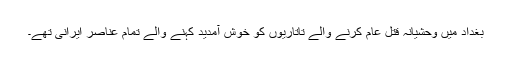
بغداد میں وحشیانہ قتل عام کرنے والے تاتاریوں کو خوش آمدید کہنے والے تمام عناصر ایرانی تھے۔